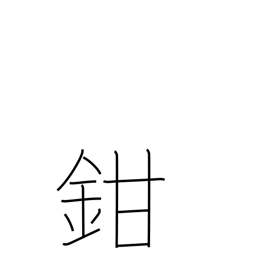
Meaning: shut up